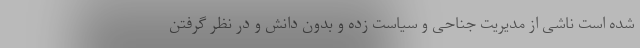
شده است ناشی از مدیریت جناحی و سیاست زده و بدون دانش و در نظر گرفتن